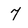
Character: 7